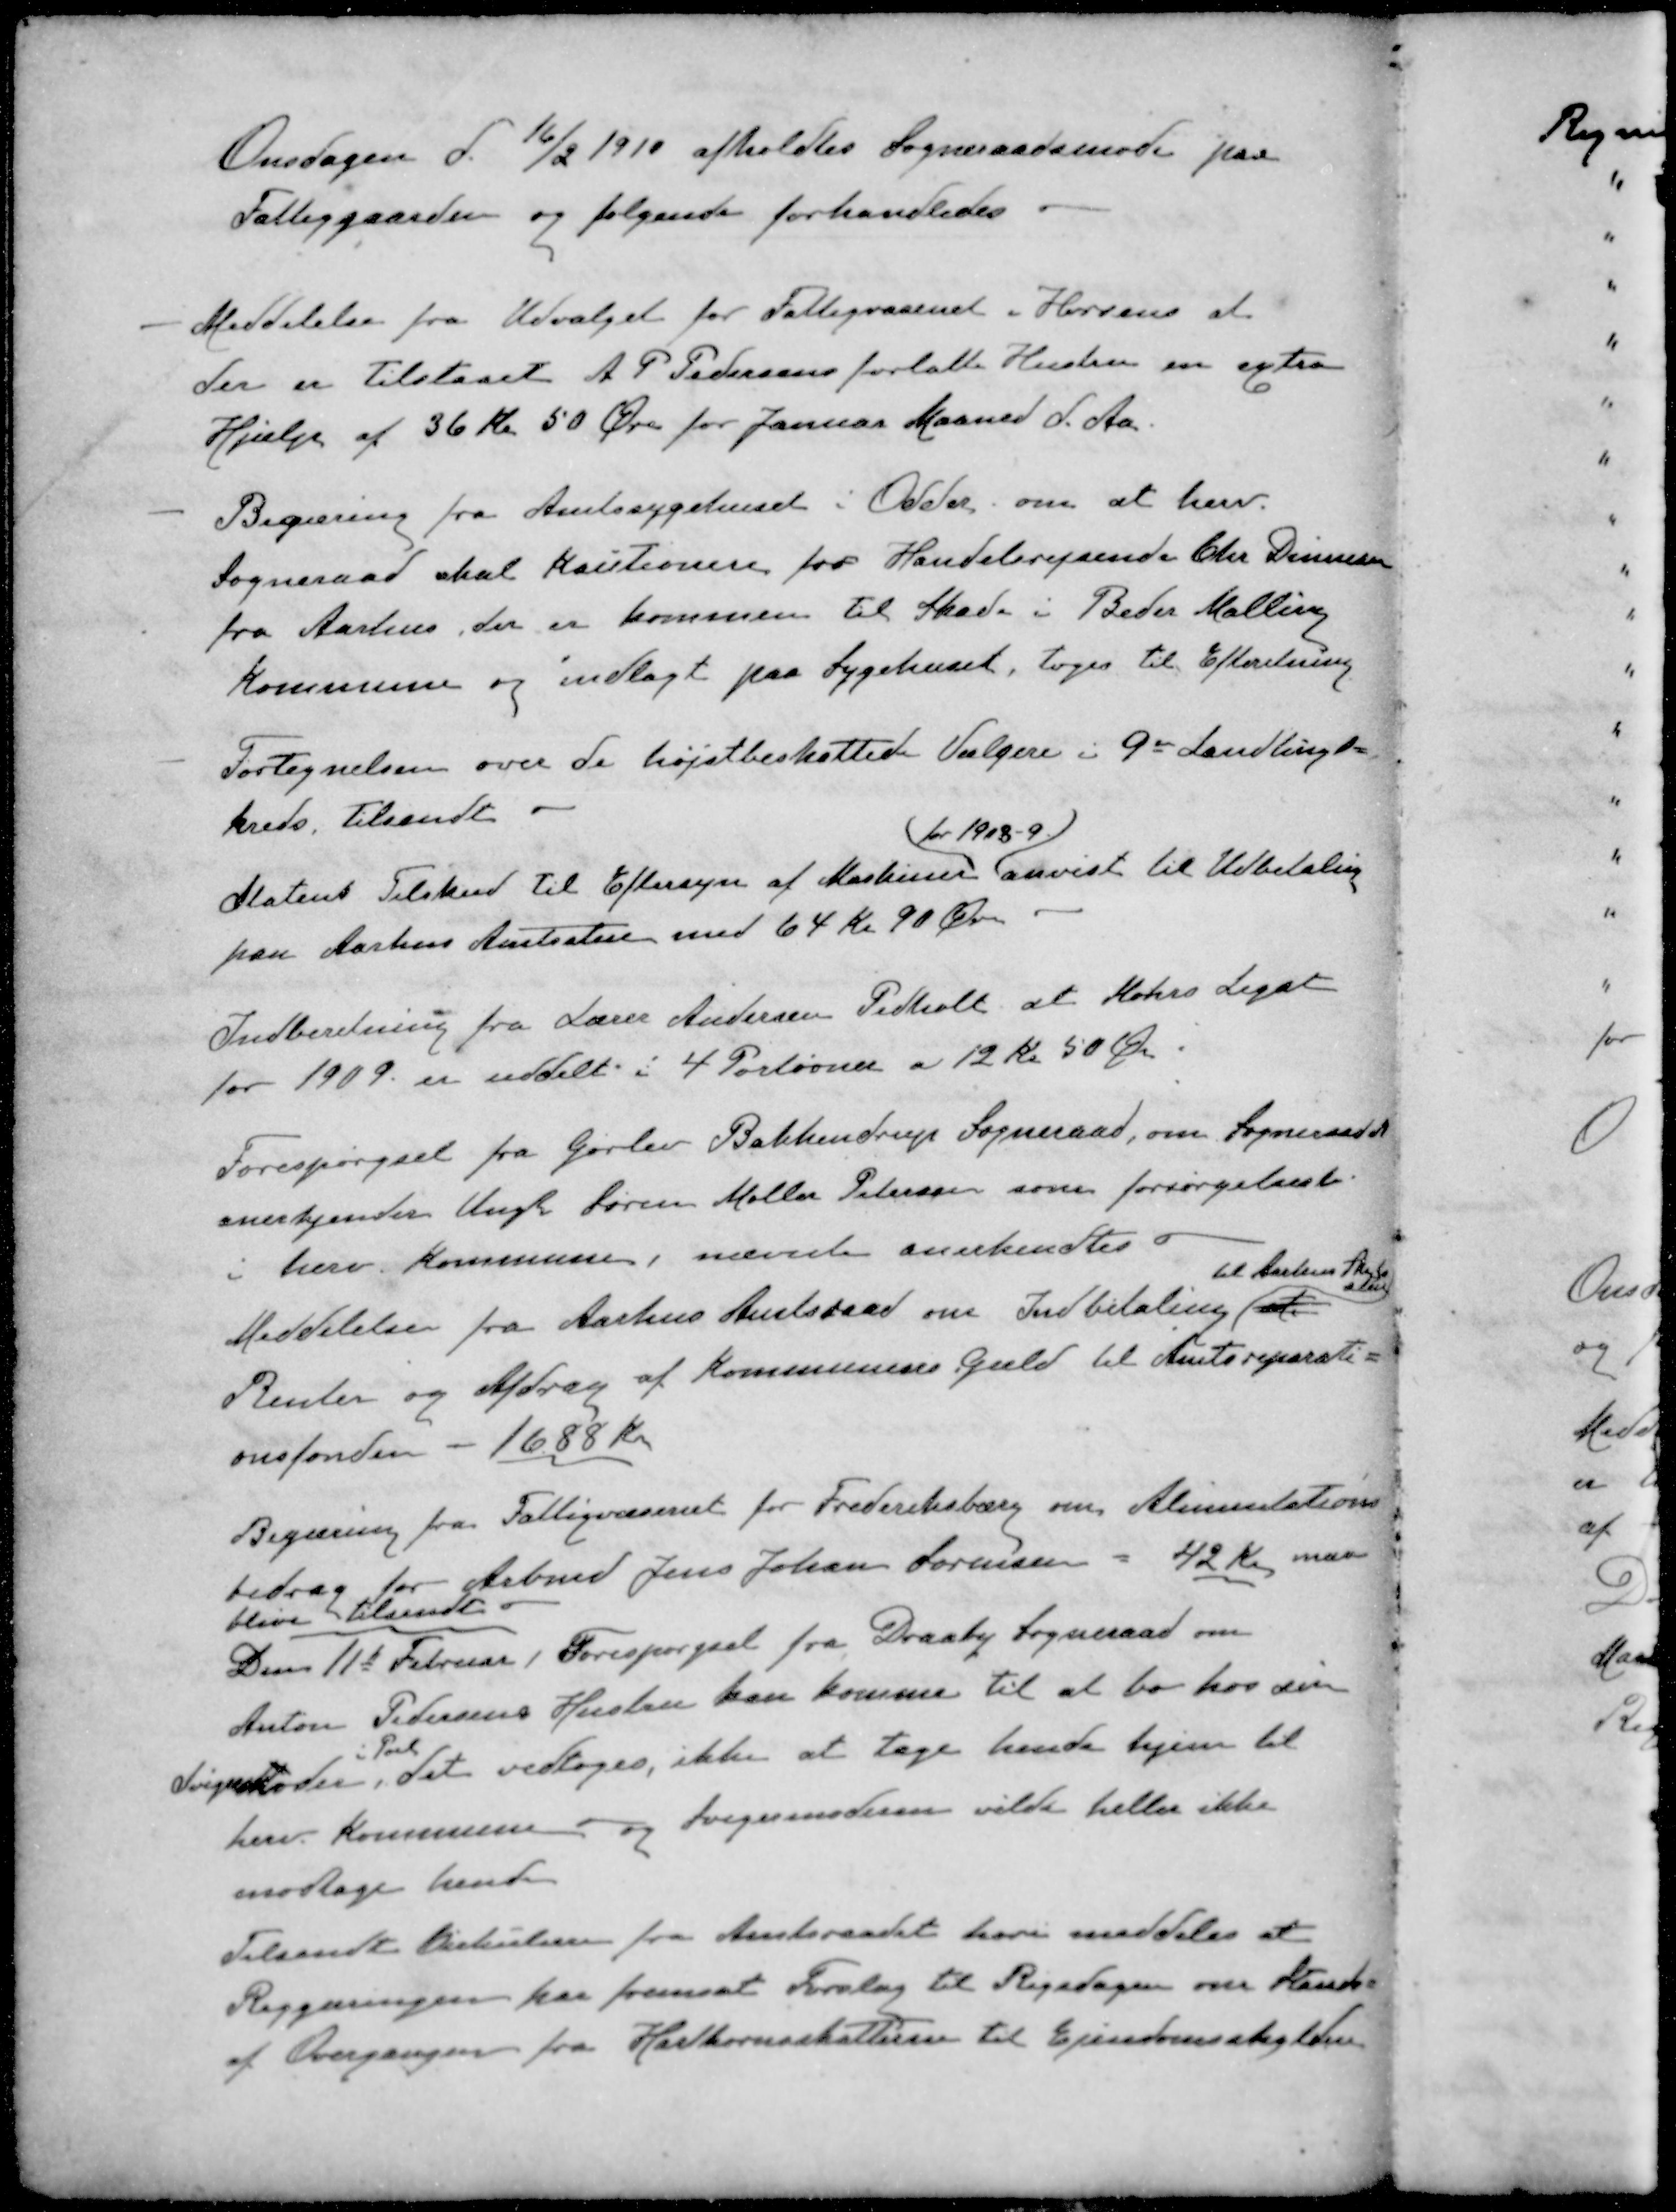
Transskription:
Onsdagen d. 16/2 1910 afholdtes Sogneraadsmøde paa
Fattiggaarden og følgende forhandledes.
- Meddelelse fra Udvalget for Fattigvæsenet i Horsens at
der er tilstaaet A P Pedersens forladte Hustru en extra
Hjælp af 36 Kr 50 Øre for Januar Maaned d. Aa.
- Begæring fra Amtssygehuset i Odder om at herv.
Sogneraad skal Kautionere for Handelsrejsende Chr. Dinesen
fra Aarhus, der er kommen til Skade i Beder Malling
Kommune og indlagt paa Sygehuset, toges til Efterretning
- Fortegnelsen over de højstbeskattede Vælgere i 9de Landlings-
kreds. tilsendt 
for 1908-9
Statens Tilskud til Eftersyn af Maskiner anvist til Udbetaling
paa Aarhus Amtsstue med 64 Kr 90 Øre 
Indberetning fra Lærer Andersen Pedholt at Mohrs Legat
for 1909 er uddelt i 4 Portioner a 12 kr 50 Øre.
Forespørgsel fra Gørlev Bakkendrup Sogneraad, om Sogneraadst
anerkjender Ungk Søren Møller Petersen som forsørgelsesb.
i herv Kommune, nævnte anerkendtes
til Aarhus 
Meddelelse fra Aarhus Amtsraad om Indbetaling at
Renter og Afdrag af Kommunens Gæld til Amtsreparati-
onsfonden - 1688 Kr
Begæring fra Fattigvæsenet for Frederiksbærg om Alimentations
bidrag for Arbmd Jens Johan Sørensen - 42 Kr maa
blive tilsendt
Den 11d Februar Forespørgsel fra Draaby Sogneraad om
Anton Pedersens Hustru kan komme til at bo hos sin
i Pøel
Svigermoder det vedtoges ikke at tage hende hjem til
herv Kommune og Svigermoderen vilde heller ikke
modtage hende
Tilsendt Cirkulære fra Amtsraadet heri meddeles at
Reggæringen har fremsat Forslag til Rigsdagen om standse
af Overgangen fra Hartkornsskatterne til Ejendomsskylden